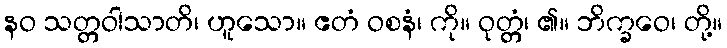
နဝ သတ္တဝါသာတိ၊ ဟူသော။ ဧတံ ဝစနံ၊ ကို။ ဝုတ္တံ၊ ၏။ ဘိက္ခဝေ၊ တို့။